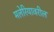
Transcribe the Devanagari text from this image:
मलेरियावरील